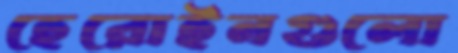
হেরোইনগুলো